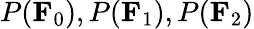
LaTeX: P(\mathbf{F}_{0}),P(\mathbf{F}_{1}),P(\mathbf{F}_{2})